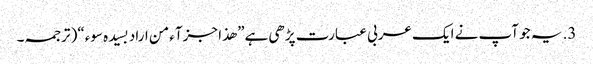
3. یہ جو آپ نے ایک عربی عبارت پڑھی ہے” ھذا جزآء من اراد بسیدہ سوء“( ترجمہ۔